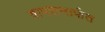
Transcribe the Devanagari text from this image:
वापरामार्फत